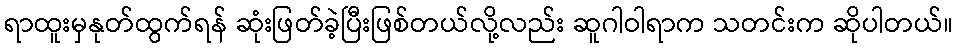
ရာထူးမှနုတ်ထွက်ရန် ဆုံးဖြတ်ခဲ့ပြီးဖြစ်တယ်လို့လည်း ဆူဂါဝါရာက သတင်းက ဆိုပါတယ်။